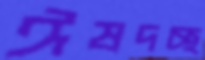
ঈষদচ্ছ